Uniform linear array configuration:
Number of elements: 16
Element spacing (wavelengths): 0.25
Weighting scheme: hamming
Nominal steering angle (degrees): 45
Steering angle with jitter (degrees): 46.469
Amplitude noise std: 0.05
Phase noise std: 0.05

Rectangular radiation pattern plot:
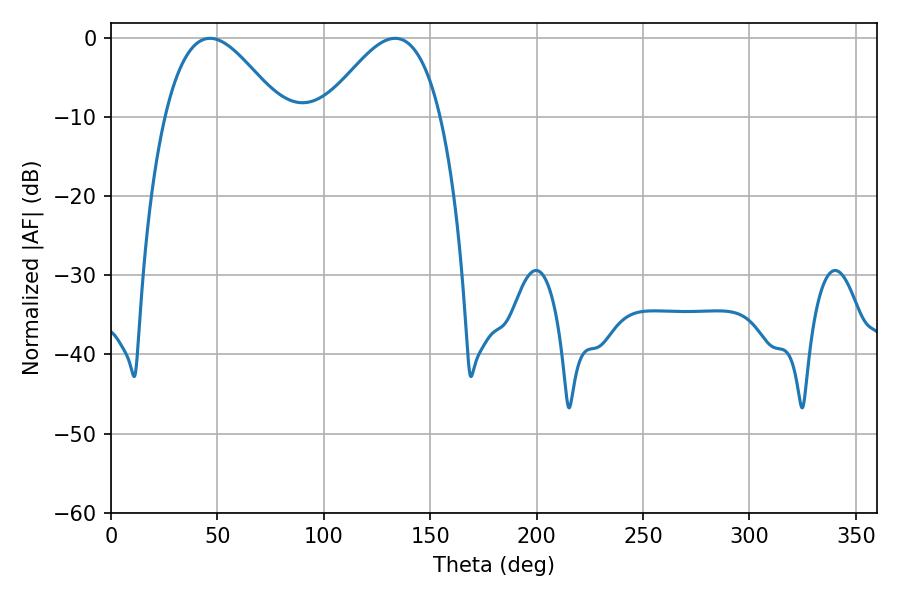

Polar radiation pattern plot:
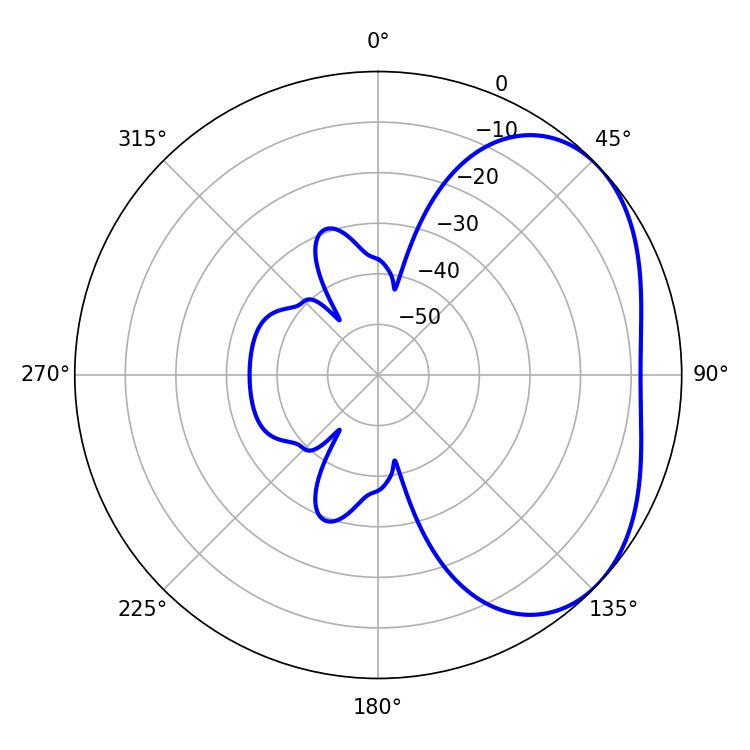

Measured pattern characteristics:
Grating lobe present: FALSE
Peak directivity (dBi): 3.538
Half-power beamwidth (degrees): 29.34
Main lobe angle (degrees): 46.44